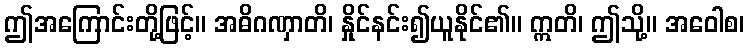
ဤအကြောင်းတို့ဖြင့်။ အဓိဂဏှာတိ၊ နှိုင်နင်း၍ယူနိုင်၏။ ဣတိ၊ ဤသို့။ အဝေါစ၊